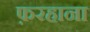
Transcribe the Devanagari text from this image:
फ़रहाना